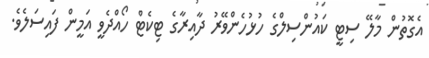
އެގޮތުން މާލޭ ސިޓީ ކައުންސިލްގެ ހުޅުހެންވޭރު ދާއިރާގެ ޓިކެޓް ހޯއްދެވީ އަމީން ފައިސަލެވެ.